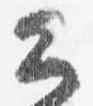
公